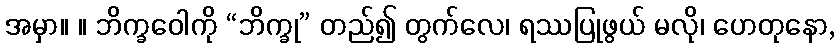
အမှာ။ ။ ဘိက္ခဝေါကို “ဘိက္ခု” တည်၍ တွက်လေ၊ ရဿပြုဖွယ် မလို၊ ဟေတုနော,